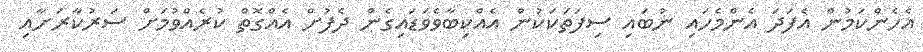
އެހެންކަމުން އެފަދަ އެންމެހައި ނުބައި ސިފަތަކަކުން އެއްކިބާވެވަޑައިގެން ދެފުށް އެއްގޮތް ކުރެއްވުމަށް ސަރުކާރަށާއި